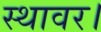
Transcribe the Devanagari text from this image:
स्थावर।